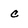
Character: c